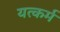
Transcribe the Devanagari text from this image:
यत्कर्म